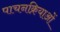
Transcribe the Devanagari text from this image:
पाचनक्रियाओं